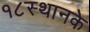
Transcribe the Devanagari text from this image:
१८स्थानके